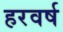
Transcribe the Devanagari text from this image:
हरवर्ष